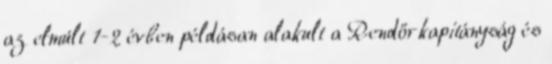
az elmúlt 1-2 évben példásan alakult a Rendőrkapitányság és